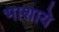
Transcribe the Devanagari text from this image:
भाशाये